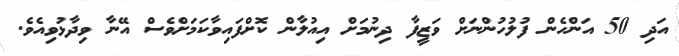
އަދި 50 އަންހެން ފުލުހުންނަށް ވަޒީފާ ދިނުމަށް އިއުލާން ކޮށްފައިވާކަމަށްވެސް އޭނާ ވިދާޅުވިއެވެ.